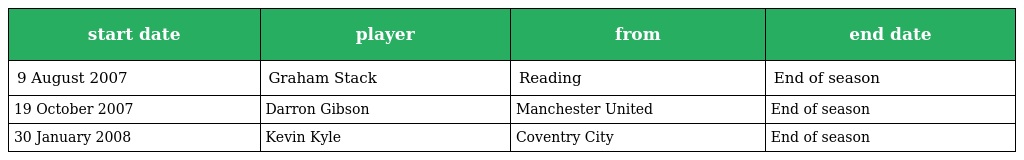
| start date | player | from | end date |
 | --- | --- | --- | --- |
 | 9 August 2007 | Graham Stack | Reading | End of season |
 | 19 October 2007 | Darron Gibson | Manchester United | End of season |
 | 30 January 2008 | Kevin Kyle | Coventry City | End of season |